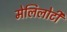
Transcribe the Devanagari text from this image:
मेलिलोटी